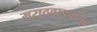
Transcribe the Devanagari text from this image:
मराठवाड्यासह